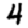
Digit: 4